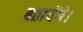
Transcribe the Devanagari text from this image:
बतायेंगे।